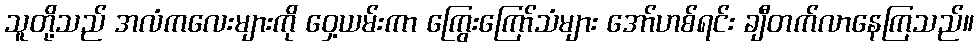
သူတို့သည် အလံကလေးများကို ဝှေ့ယမ်းကာ ကြွေးကြော်သံများ အော်ဟစ်ရင်း ချီတက်လာနေကြသည်။